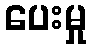
ပေးမှု